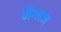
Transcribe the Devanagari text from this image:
मैग्मज